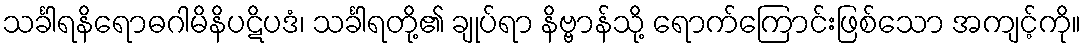
သင်္ခါရနိရောဓဂါမိနိပဋိပဒံ၊ သင်္ခါရတို့၏ ချုပ်ရာ နိဗ္ဗာန်သို့ ရောက်ကြောင်းဖြစ်သော အကျင့်ကို။